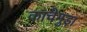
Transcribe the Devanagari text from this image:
काचेगुड़ा